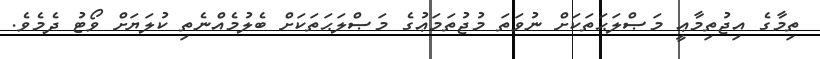
ތިމާގެ އިޖުތިމާޢީ މަޞްލަޙަތަކަށް ނުވަތަ މުޖުތަމަޢުގެ މަޞްލަޙަތަކަށް ބެލުމެއްނެތި ކުލަޔަށް ވޯޓު ދެމެވެ.